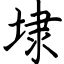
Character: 埭